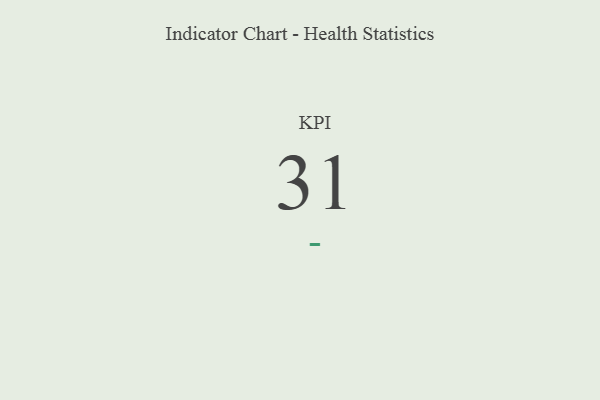
{"axis": {"x": "KPI", "y": "Value"}, "legend": [""], "data": [{"x": "KPI", "y": 31, "type": ""}]}